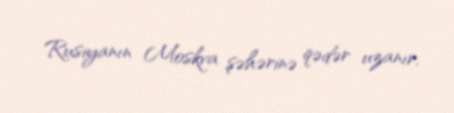
Rusiyanın Moskva şəhərinə qədər uzanır.